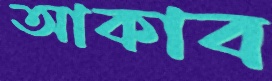
আকাব